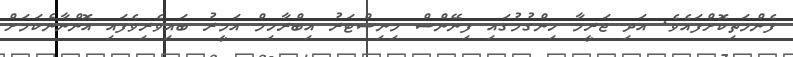
ފެންމަތިކޮށްފައެވެ. އަދި ޖަރީމާ ހިންގުމުގައި ފިނޭންސް މިނިސްޓަރު އިބްރާހިމް އަމީރު ބައިވެރިވެފައި އޮންނާނެކަމަށް